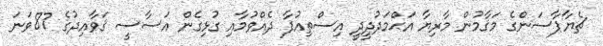
ޗެޔާޕާސަންގެ މަޤާމުން މާރިޔާ އަޙްމަދުދީދީ އިސްތިއުފާ ދެއްވުމާއި ގުޅިގެން އަސާސީ ޤަވާއިދުގެ 87ވަނަ